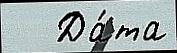
   Да́та